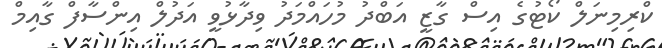
ކްރިމިނަލް ކޯޓުގެ އިސް ގާޒީ އަބްދު މުހައްމަދު ވިދާޅުވީ އަދުލް އިންސާފް ގާއިމް